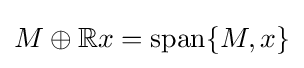
M\oplus \mathbb {R} x=\operatorname {span} \{M,x\}